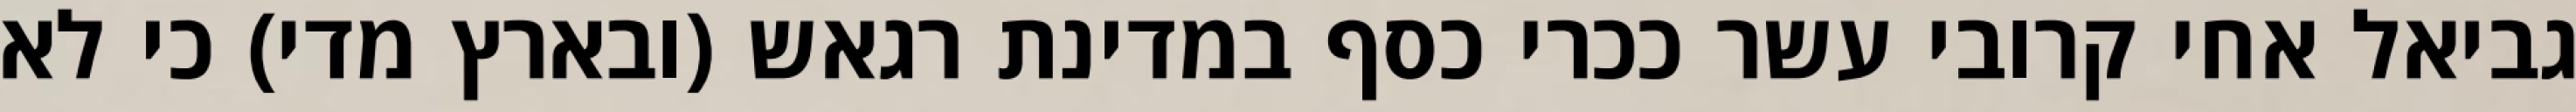
גביאל אחי קרובי עשר ככרי כסף במדינת רגאש (ובארץ מדי) כי לא